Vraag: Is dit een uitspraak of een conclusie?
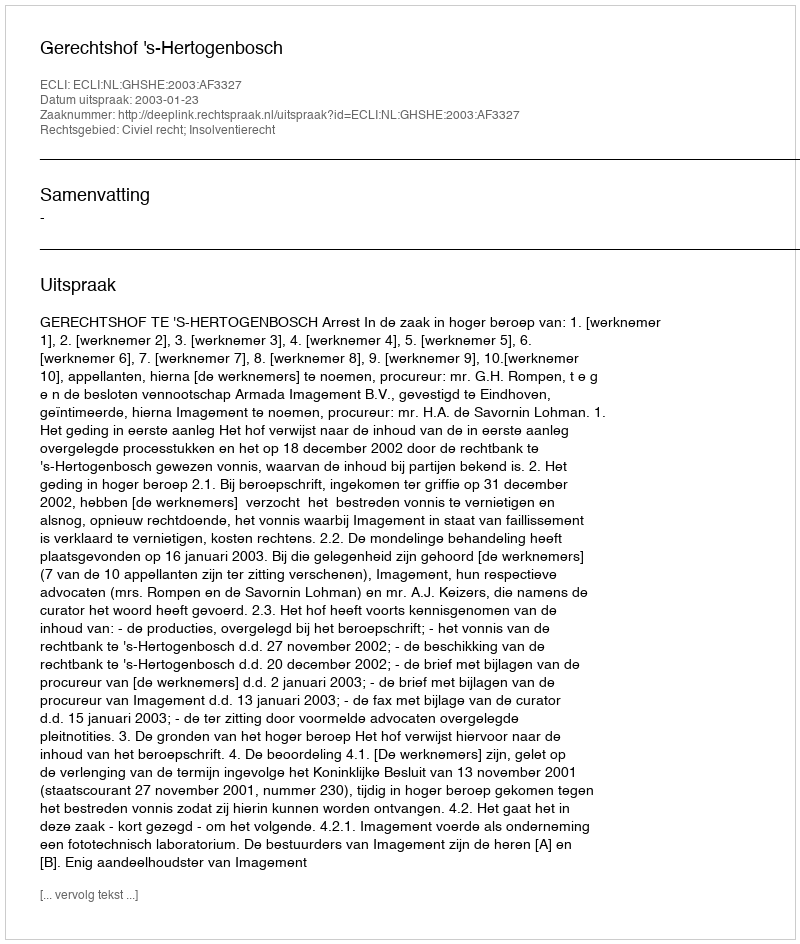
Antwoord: Uitspraak